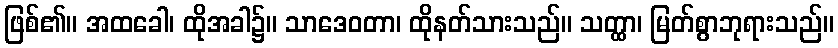
ဖြစ်၏။ အထခေါ၊ ထိုအခါ၌။ သာဒေဝတာ၊ ထိုနတ်သားသည်။ သတ္ထာ၊ မြတ်စွာဘုရားသည်။